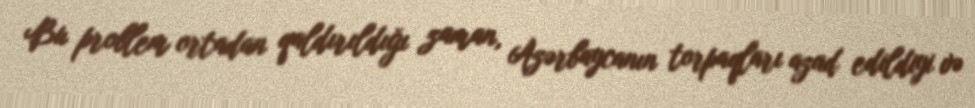
Bu problem ortadan qaldırıldığı zaman, Azərbaycanın torpaqları azad edildiyi və